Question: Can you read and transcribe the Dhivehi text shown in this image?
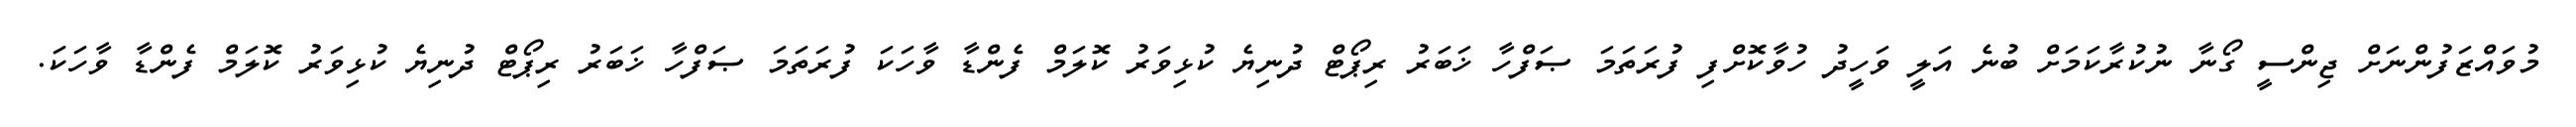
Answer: މުވައްޒަފުންނަށް ޖިންސީ ގޯނާ ނުކުރާކަމަށް ބުނެ އަލީ ވަހީދު ހުވާކޮށްފި ފުރަތަމަ ޞަފްހާ ޚަބަރު ރިޕޯޓް ދުނިޔެ ކުޅިވަރު ކޮލަމް ފެންޑާ ވާހަކަ ފުރަތަމަ ޞަފްހާ ޚަބަރު ރިޕޯޓް ދުނިޔެ ކުޅިވަރު ކޮލަމް ފެންޑާ ވާހަކަ.